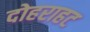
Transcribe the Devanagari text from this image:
दोहराहट